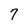
Character: 7